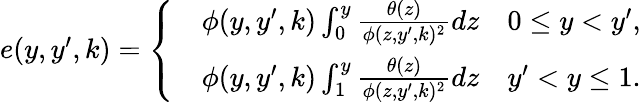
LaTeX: \begin{array}{r}{e(y,y^{\prime},k)=\left\{ \begin{array}{rl}&{\phi(y,y^{\prime},k)\int_{0}^{y}\frac{\theta(z)}{\phi(z,y^{\prime},k)^{2}}dz\quad 0\leq y<y^{\prime},}\\ &{\phi(y,y^{\prime},k)\int_{1}^{y}\frac{\theta(z)}{\phi(z,y^{\prime},k)^{2}}dz\quad y^{\prime}<y\leq 1.}\end{array}\right.}\end{array}